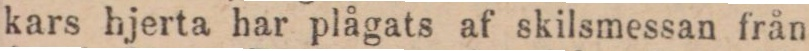
kars hjerta har plågats af skilsmessan från